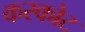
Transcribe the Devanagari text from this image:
करकोट